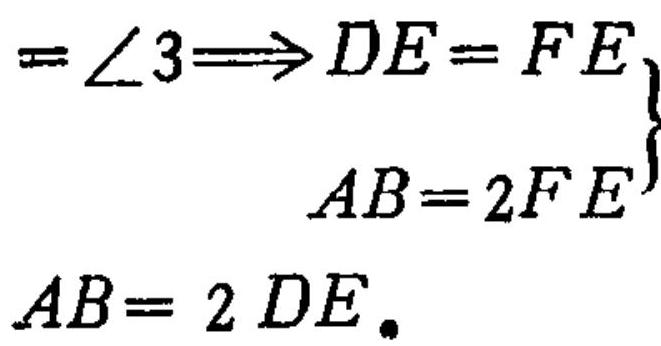
\(=\angle3\Longrightarrow DE = FE\)
\(AB = 2FE\)
\(AB = 2DE.\)